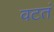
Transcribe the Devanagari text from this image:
वटतं